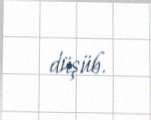
düşüb.